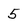
Character: 5